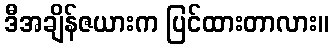
ဒီအချိန်ဇယားက ပြင်ထားတာလား။